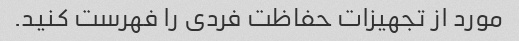
مورد از تجهیزات حفاظت فردی را فهرست کنید.